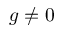
g \neq 0